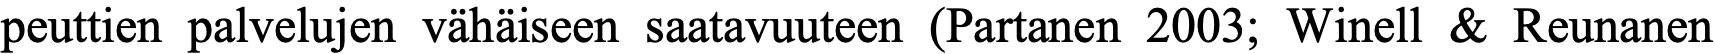
peuttien palvelujen vähäiseen saatavuuteen (Partanen 2003; Winell & Reunanen